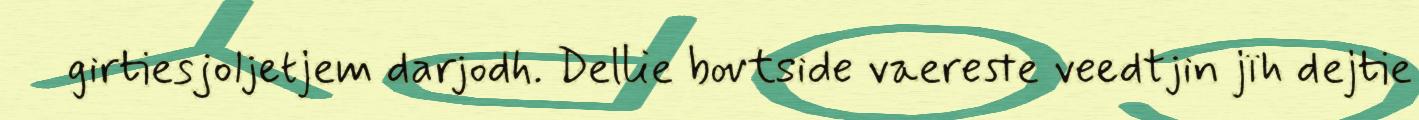
girtiesjoljetjem darjodh. Dellie bovtside vaereste veedtjin jïh dejtie